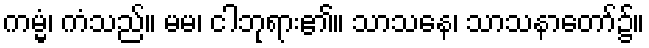
ကမ္မံ၊ ကံသည်။ မမ၊ ငါဘုရား၏။ သာသနေ၊ သာသနာတော်၌။